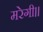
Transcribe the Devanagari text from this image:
मरेगी।।